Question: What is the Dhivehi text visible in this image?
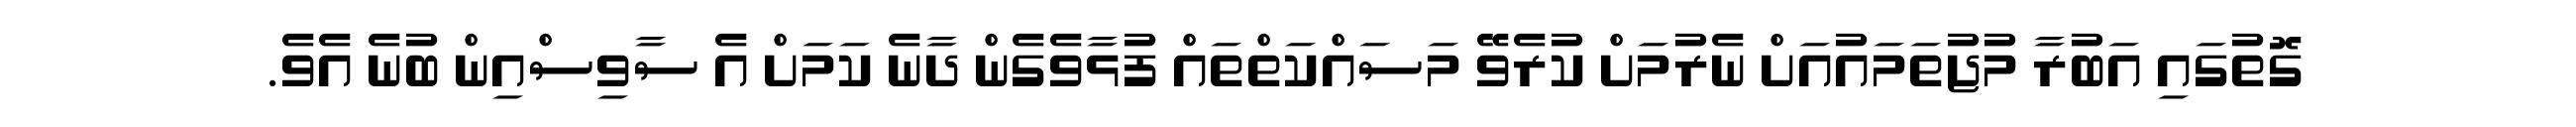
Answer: ގޮތުގައި އަބުރާ މުޖުތަމައުއަށް ނެރުމަށް ކުރެވޭ މަސައްކަތްތައް ފުޅާވެގެން ދާނެ ކަމަށް އެ ސާވިސްއިން ބުނެ އެވެ.